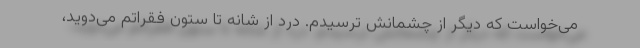
می‌خواست که دیگر از چشمانش ترسیدم. درد از شانه تا ستون فقراتم می‌دوید،